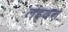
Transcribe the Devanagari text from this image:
लइदन